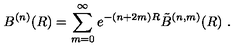
B ^ { ( n ) } ( R ) = \sum _ { m = 0 } ^ { \infty } e ^ { - ( n + 2 m ) R } \tilde { B } ^ { ( n , m ) } ( R ) \ .